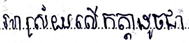
អាស្រ័យលើកត្តាដូចជា